Report of the Indian Hemp Drugs Commission, 1894-1895 - Volume IV
Year: 1894
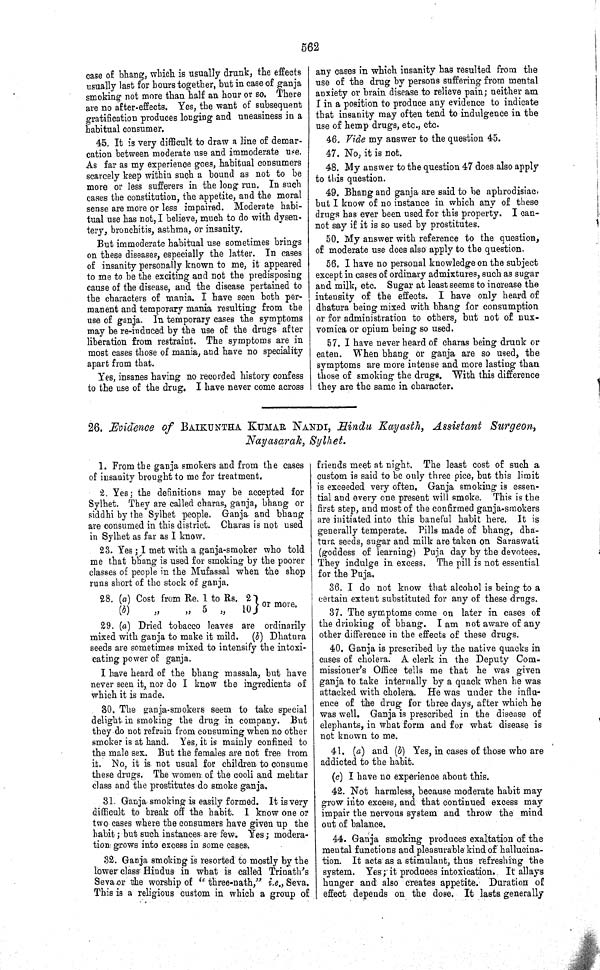
562
case of bhang, which is usually drunk, the effects
usually last for hours together, but in case of ganja
smoking not more than half an hour or so. There
are no after-effects. Yes, the want of subsequent
gratification produces longing and uneasiness in a
habitual consumer.
45. It is very difficult to draw a line of demar-
cation between moderate use and immoderate use.
As far as my experience goes, habitual consumers
scarcely keep within such a bound as not to be
more or less sufferers in the long run. In such
cases the constitution, the appetite, and the moral
sense are more or less impaired. Moderate habi-
tual use has not, I believe, much to do with dysen-
tery, bronchitis, asthma, or insanity.
But immoderate habitual use sometimes brings
on these diseases, especially the latter. In cases
of insanity personally known to me, it appeared
to me to be the exciting and not the predisposing
cause of the disease, and the disease pertained to
the characters of mania. I have seen both per-
manent and temporary mania resulting from the
use of ganja. In temporary cases the symptoms
may be re-induced by the use of the drugs after
liberation from restraint. The symptoms are in
most cases those of mania, and have no speciality
apart from that.
Yes, insanes having no recorded history confess
to the use of the drug. I have never come across
any cases in which insanity has resulted from the
use of the drug by persons suffering from mental
anxiety or brain disease to relieve pain; neither am
I in a position to produce any evidence to indicate
that insanity may often tend to indulgence in the
use of hemp drugs, etc., etc.
46. Vide my answer to the question 45.
47. No, it is not.
48. My answer to the question 47 does also apply
to this question.
49. Bhang and ganja are said to be aphrodisiac,
but I know of no instance in which any of these
drugs has ever been used for this property. I can-
not say if it is so used by prostitutes.
50. My answer with reference to the question,
of moderate use does also apply to the question.
56. I have no personal knowledge on the subject
except in cases of ordinary admixtures, such as sugar
and milk, etc. Sugar at least seems to increase the
intensity of the effects. I have only heard of
dhatura being mixed with bhang for consumption
or for administration to others, but not of nux-
vomica or opium being so used.
57. I have never heard of charas being drunk or
eaten. When bhang or ganja are so used, the
symptoms are more intense and more lasting than
those of smoking the drugs. With this difference
they are the same in character.
26. Evidence of BAIKUNTHA KUMAR NANDI, Hindu Kayasth, Assistant Surgeon,
Nayasarak, Sylhet.
1. From the ganja smokers and from the cases
of insanity brought to me for treatment.
2. Yes; the definitions may be accepted for
Sylhet. They are called charas, ganja, bhang or
siddhi by the Sylhet people. Ganja and bhang
are consumed in this district. Charas is not used
in Sylhet as far as I know.
23. Yes; I met with a ganja-smoker who told
me that bhang is used for smoking by the poorer
classes of people in the Mufassal when the shop
runs short of the stock of ganja.
28. (a) Cost from Re. 1 to Rs. 2
29. (a) Dried tobacco leaves are ordinarily
mixed with ganja to make it mild.
(b) Dhatura
seeds are sometimes mixed to intensify the intoxi-
cating power of ganja.
I have heard of the bhang massala, but have
never seen it, nor do I know the ingredients of
which it is made.
30. The ganja-smokers seem to take special
delight in smoking the drug in company. But
they do not refrain from consuming when no other
smoker is at hand. Yes, it is mainly confined to
the male sex. But the females are not free from
it. No, it is not usual for children to consume
these drugs. The women of the cooli and mehtar
class and the prostitutes do smoke ganja.
31. Ganja smoking is easily formed. It is very
difficult to break off the habit. I know one or
two cases where the consumers have given up the
habit; but such instances are few. Yes; modera-
tion grows into excess in some cases.
32. Ganja smoking is resorted to mostly by the
lower class Hindus in what is called Trinath's
Seva or the worship of "three-nath," i.e., Seva.
This is a religious custom in which a group of
friends meet at night. The least cost of such a
custom is said to be only three pice, but this limit
is exceeded very often. Ganja smoking is essen-
tial and every one present will smoke. This is the
first step, and most of the confirmed ganja-smokers
are initiated into this baneful habit here. It is
generally temperate. Pills made of bhang, dha-
tura seeds, sugar and milk are taken on Saraswati
(goddess of learning) Puja day by the devotees.
They indulge in excess. The pill is not essential
for the Puja.
36. I do not know that alcohol is being to a
certain extent substituted for any of these drugs.
37. The symptoms come on later in cases of
the drinking of bhang. I am not aware of any
other difference in the effects of these drugs.
40. Ganja is prescribed by the native quacks in
cases of cholera. A clerk in the Deputy Com-
missioner's Office tells me that he was given
ganja to take internally by a quack when he was
attacked with cholera. He was under the influ-
ence of the drug for three days, after which he
was well. Ganja is prescribed in the disease of
elephants, in what form and for what disease is
not known to me.
41. (a) and (b) Yes, in cases of those who are
addicted to the habit.
(c) I have no experience about this.
42. Not harmless, because moderate habit may
grow into excess, and that continued excess may
impair the nervous system and throw the mind
out of balance.
44. Ganja smoking produces exaltation of the
mental functions and pleasurable kind of hallucina-
tion. It acts as a stimulant, thus refreshing the
system. Yes; it produces intoxication. It allays
hunger and also creates appetite. Duration of
effect depends on the dose. It lasts generally
28. (a) Cost from Re. 1 to Rs. 2
(b)
"
"
5 " 10 or more.